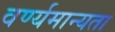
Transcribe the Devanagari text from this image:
वर्ण्यमान्यता